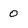
Character: 0